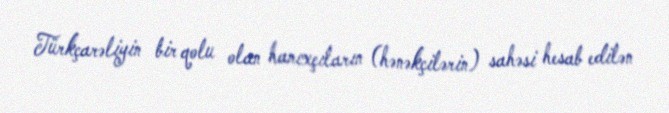
Türkçarəliyin bir qolu olan hanıxçıların (hənəkçilərin) sahəsi hesab edilən